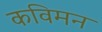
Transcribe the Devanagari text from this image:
कविमन